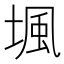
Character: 堸